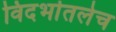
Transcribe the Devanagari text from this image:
विदर्भातलेच